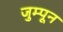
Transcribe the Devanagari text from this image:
जुम्पून